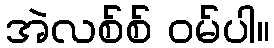
အဲလစ်စ် ဝမ်ပါ။